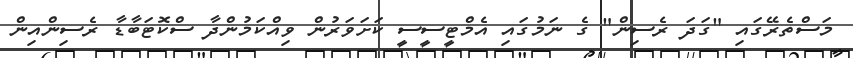
މަސްތެރޭގައި "ގަދަ ރެސިން" ގެ ނަމުގައި އެމްޓީސީސީ ކަށަވަރުން ވިއްކަމުންދާ ސްކޮޓަބާޑާ ރެސިންއިން